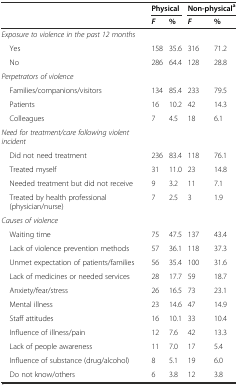
<table><thead><tr><td></td><td colspan="2"><b>Physical</b></td><td colspan="2"><b>Non-physical<sup>a</sup></b></td></tr><tr><td></td><td><b><i>F</i></b></td><td><b>%</b></td><td><b><i>F</i></b></td><td><b>%</b></td></tr></thead><tbody><tr><td><i>Exposure to violence in the past 12 months</i></td><td></td><td></td><td></td><td></td></tr><tr><td> Yes</td><td>158</td><td>35.6</td><td>316</td><td>71.2</td></tr><tr><td> No</td><td>286</td><td>64.4</td><td>128</td><td>28.8</td></tr><tr><td><i>Perpetrators of violence</i></td><td></td><td></td><td></td><td></td></tr><tr><td> Families/companions/visitors</td><td>134</td><td>85.4</td><td>233</td><td>79.5</td></tr><tr><td> Patients</td><td>16</td><td>10.2</td><td>42</td><td>14.3</td></tr><tr><td> Colleagues</td><td>7</td><td>4.5</td><td>18</td><td>6.1</td></tr><tr><td><i>Need for treatment/care following violent incident</i></td><td></td><td></td><td></td><td></td></tr><tr><td> Did not need treatment</td><td>236</td><td>83.4</td><td>118</td><td>76.1</td></tr><tr><td> Treated myself</td><td>31</td><td>11.0</td><td>23</td><td>14.8</td></tr><tr><td> Needed treatment but did not receive</td><td>9</td><td>3.2</td><td>11</td><td>7.1</td></tr><tr><td> Treated by health professional (physician/nurse)</td><td>7</td><td>2.5</td><td>3</td><td>1.9</td></tr><tr><td><i>Causes of violence</i></td><td></td><td></td><td></td><td></td></tr><tr><td> Waiting time</td><td>75</td><td>47.5</td><td>137</td><td>43.4</td></tr><tr><td> Lack of violence prevention methods</td><td>57</td><td>36.1</td><td>118</td><td>37.3</td></tr><tr><td> Unmet expectation of patients/families</td><td>56</td><td>35.4</td><td>100</td><td>31.6</td></tr><tr><td> Lack of medicines or needed services</td><td>28</td><td>17.7</td><td>59</td><td>18.7</td></tr><tr><td> Anxiety/fear/stress</td><td>26</td><td>16.5</td><td>73</td><td>23.1</td></tr><tr><td> Mental illness</td><td>23</td><td>14.6</td><td>47</td><td>14.9</td></tr><tr><td> Staff attitudes</td><td>16</td><td>10.1</td><td>33</td><td>10.4</td></tr><tr><td> Influence of illness/pain</td><td>12</td><td>7.6</td><td>42</td><td>13.3</td></tr><tr><td> Lack of people awareness</td><td>11</td><td>7.0</td><td>17</td><td>5.4</td></tr><tr><td> Influence of substance (drug/alcohol)</td><td>8</td><td>5.1</td><td>19</td><td>6.0</td></tr><tr><td> Do not know/others</td><td>6</td><td>3.8</td><td>12</td><td>3.8</td></tr></tbody></table>